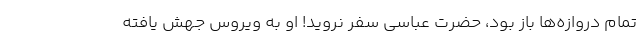
تمام دروازه‌ها باز بود، حضرت عباسی سفر نروید! او به ویروس جهش یافته